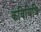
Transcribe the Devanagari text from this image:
कवियित्रि